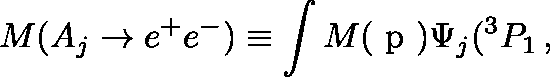
M ( A _ { j } \rightarrow e ^ { + } e ^ { - } ) \equiv \int M ( \mathrm { \boldmath ~ p ~ } ) \Psi _ { j } ( ^ { 3 } P _ { 1 } \, , \,